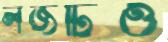
লজটিও